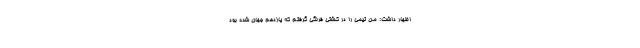
اظهار داشت: من تیمی را در کشتی فرنگی گرفتم که یازدهم جهان شده بود